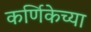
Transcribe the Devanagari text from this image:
कर्णिकेच्या